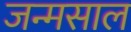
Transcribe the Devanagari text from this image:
जन्मसाल